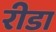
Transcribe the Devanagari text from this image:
रीडा